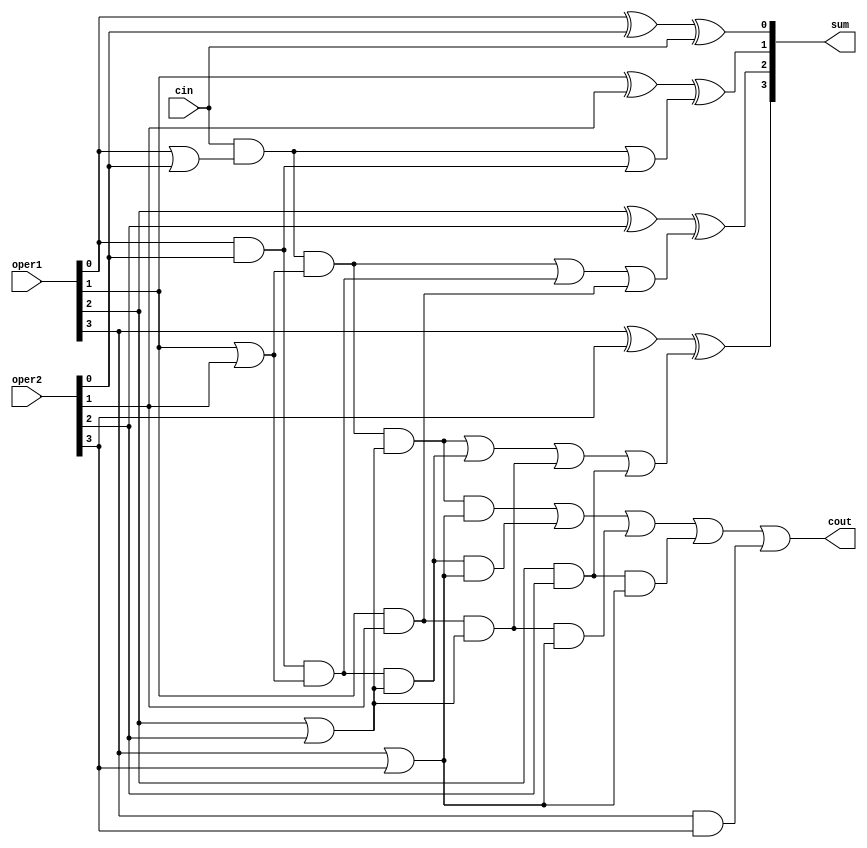
module adder_4b(
   sum, cout, 
   oper1, oper2, cin
   );
input   [3:0]	oper1;
input   [3:0]	oper2;
input   cin;
output  [3:0]	sum;
output	cout;
wire    [3:0]   gen, prop;
wire    [4:0]   carry ;
assign  carry[0] = cin;
assign  gen[0] = oper1[0] & oper2[0] ;
assign  prop[0] = oper1[0] | oper2[0] ;
assign  sum[0] = oper1[0] ^ oper2[0] ^ carry[0] ;
assign  carry[1] = ( carry[0]  & prop[0] ) | gen[0] ;
assign  gen[1] = oper1[1] & oper2[1] ;
assign  prop[1] = oper1[1] | oper2[1] ;
assign  sum[1] = oper1[1] ^ oper2[1] ^ carry[1] ;
assign  carry[2] = ( carry[0]  & prop[0] & prop[1] ) |
                ( gen[0]  & prop[1] ) | gen[1]   ;
assign  gen[2] = oper1[2] & oper2[2] ;
assign  prop[2] = oper1[2] | oper2[2] ;
assign  sum[2] = oper1[2] ^ oper2[2] ^ carry[2] ;
assign  carry[3] = ( carry[0]  & prop[0] & prop[1] & prop[2] ) |
                        ( gen[0]  & prop[1] & prop[2] ) |
                        ( gen[1]  & prop[2] ) | gen[2]   ;
assign  gen[3] = oper1[3] & oper2[3] ;
assign  prop[3] = oper1[3] | oper2[3] ;
assign  sum[3] = oper1[3] ^ oper2[3] ^ carry[3] ;
assign  carry[4] = ( carry[0]  & prop[0] & prop[1] & prop[2]  & prop[3] ) |
                        ( gen[0]  & prop[1] & prop[2] & prop[3] ) |
                        ( gen[1]  & prop[2] & prop[3] ) | 
			( gen[2] & prop[3] ) |
			( gen[3] );   
assign  cout = carry[4];
endmodule